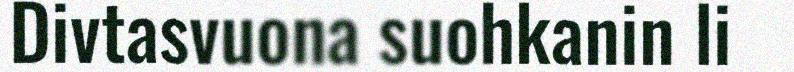
Divtasvuona suohkanin li